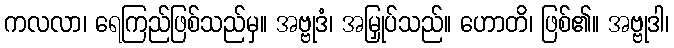
ကလလာ၊ ရေကြည်ဖြစ်သည်မှ။ အဗ္ဗုဒံ၊ အမြှုပ်သည်။ ဟောတိ၊ ဖြစ်၏။ အဗ္ဗုဒါ၊